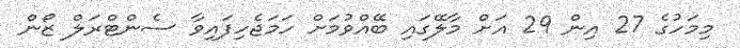
މިމަހުގެ 27 އިން 29 އަށް މާލޭގައި ބޭއްވުމަށް ހަމަޖެހިފައިވާ ސެންޓްރަލް ޒޯން